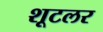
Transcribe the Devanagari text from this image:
शूटलर